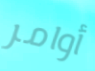
أوامر